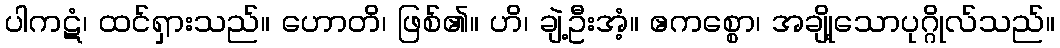
ပါကဋံ၊ ထင်ရှားသည်။ ဟောတိ၊ ဖြစ်၏။ ဟိ၊ ချဲ့ဦးအံ့။ ဧကစ္စော၊ အချို့သောပုဂ္ဂိုလ်သည်။